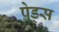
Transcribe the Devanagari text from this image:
प्रेड्स